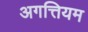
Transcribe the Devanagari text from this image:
अगत्तियम